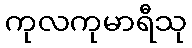
ကုလကုမာရီသု